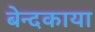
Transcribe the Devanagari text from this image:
बेन्दकाया